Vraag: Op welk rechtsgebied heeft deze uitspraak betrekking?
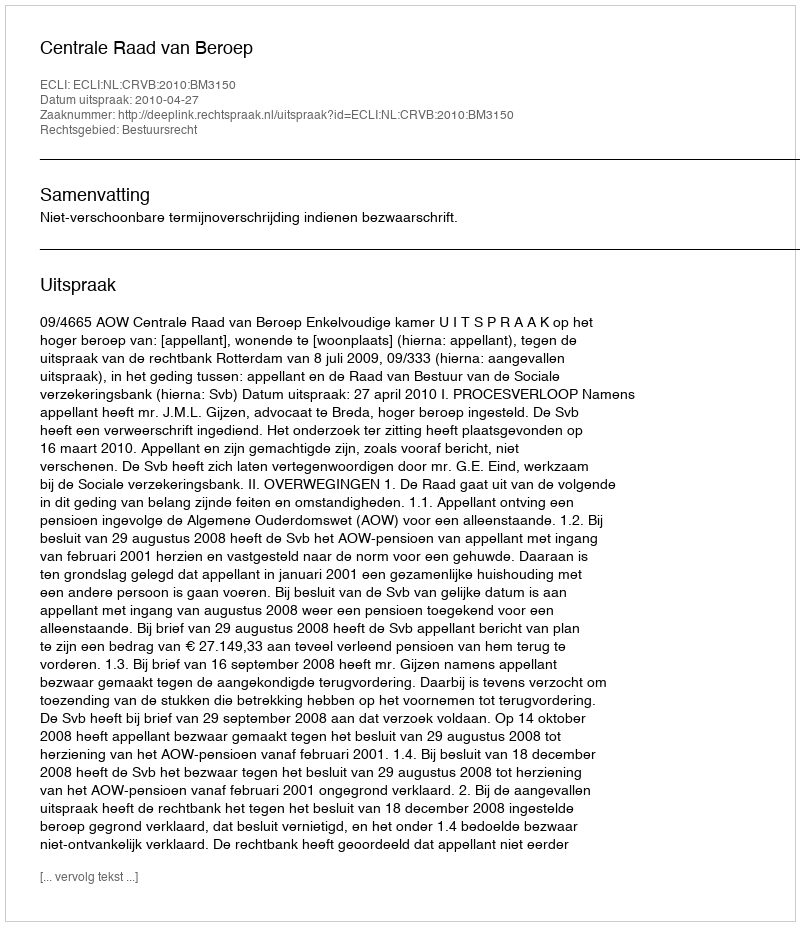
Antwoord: Bestuursrecht